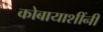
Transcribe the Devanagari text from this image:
कोबायाशींनी